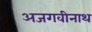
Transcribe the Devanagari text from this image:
अजगवीनाथ